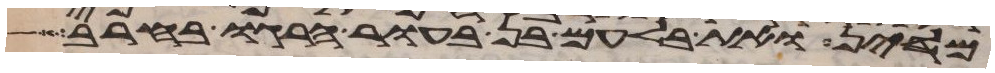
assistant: מדין ואת בלעם בן בעור הרגו בחרב